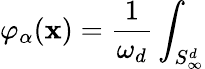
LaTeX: \varphi_{\alpha}(\mathbf{x})=\frac{{1}}{{\omega_{d}}}\int_{S_{\infty}^{d}}